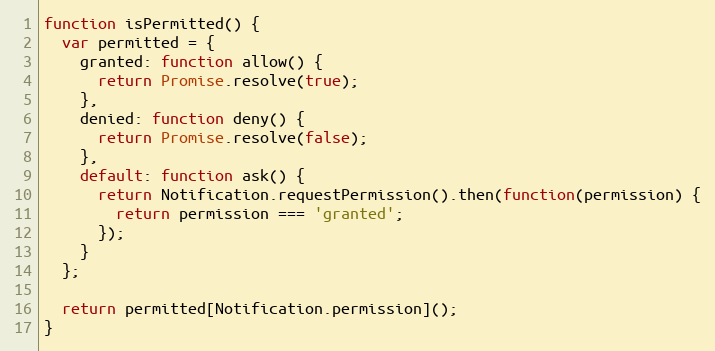
Language: JavaScript
function isPermitted() {
  var permitted = {
    granted: function allow() {
      return Promise.resolve(true);
    },
    denied: function deny() {
      return Promise.resolve(false);
    },
    default: function ask() {
      return Notification.requestPermission().then(function(permission) {
        return permission === 'granted';
      });
    }
  };

  return permitted[Notification.permission]();
}